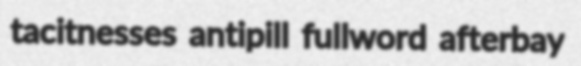
tacitnesses antipill fullword afterbay